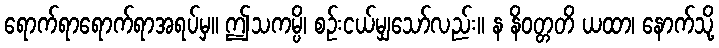
ရောက်ရာရောက်ရာအရပ်မှ။ ဤသကမ္ပိ၊ စဉ်းငယ်မျှသော်လည်း။ န နိဝတ္တတိ ယထာ၊ နောက်သို့